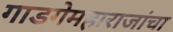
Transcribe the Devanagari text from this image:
गाडगेमहाराजांचा